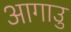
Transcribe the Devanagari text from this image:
आगाउु